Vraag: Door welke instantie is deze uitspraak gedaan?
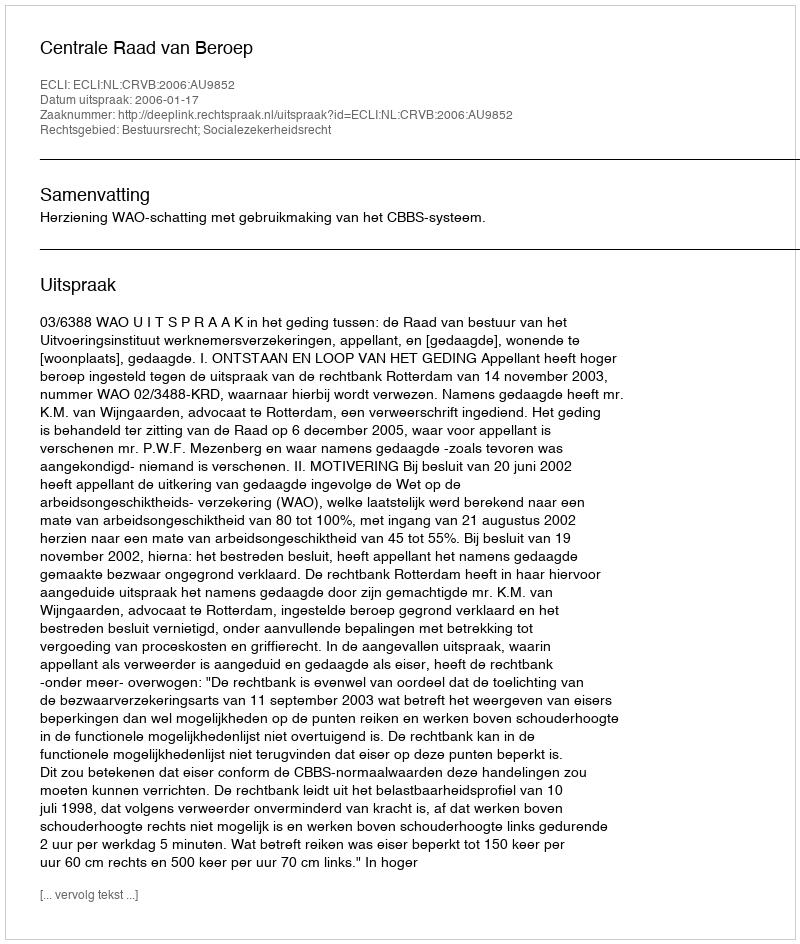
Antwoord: Centrale Raad van Beroep